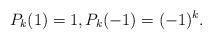
LaTeX: \begin{align*}P_k(1)=1, P_k(-1)=(-1)^k.\end{align*}